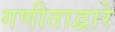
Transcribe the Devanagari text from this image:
गणीताद्वारे